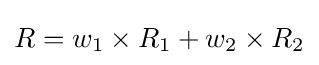
R=w_{1}\times R_{1}+w_{2}\times R_{2}